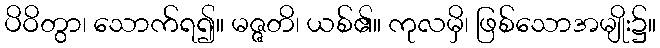
ပိဝိတွာ၊ သောက်ရ၍။ မဇ္ဇတိ၊ ယစ်၏။ ကုလမှိ၊ ဖြစ်သောအမျိုး၌။